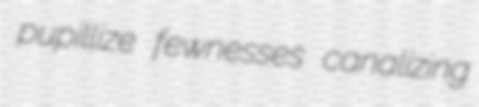
pupillize fewnesses canalizing